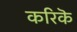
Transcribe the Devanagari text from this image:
करिकॆ